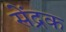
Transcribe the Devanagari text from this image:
सेंद्रक